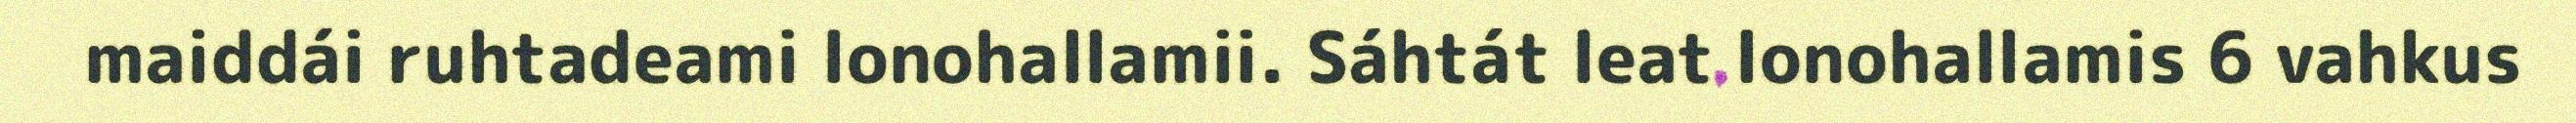
maiddái ruhtadeami lonohallamii. Sáhtát leat lonohallamis 6 vahkus